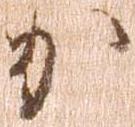
か